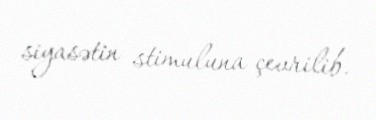
siyasətin stimuluna çevrilib.